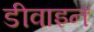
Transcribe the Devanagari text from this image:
डीवाइन